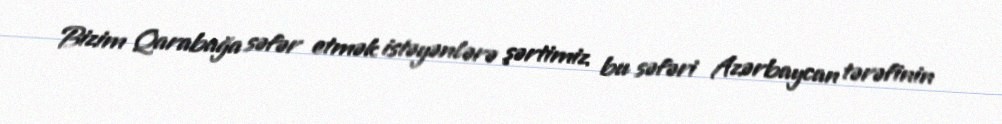
Bizim Qarabağa səfər etmək istəyənlərə şərtimiz bu səfəri Azərbaycan tərəfinin